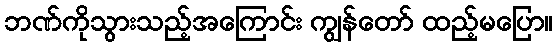
ဘဏ်ကိုသွားသည့်အကြောင်း ကျွန်တော် ထည့်မပြော။